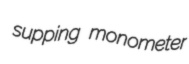
supping monometer